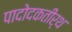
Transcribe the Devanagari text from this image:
पादोदकतीर्थ